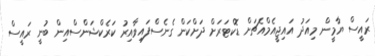
ރައީސް ޔާމީން މިއަދު އައިޖީއެމްއެޗަށް ޑޮކްޓަރަށް ދަށްކަން ގެނެސްފައިވާއިރު ކަރެކްޝަންސްއިން ބުނީ ރައީސް